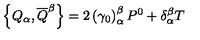
\left\{ Q _ { \alpha } , \overline { { Q } } ^ { \beta } \right\} = 2 \left( \gamma _ { 0 } \right) _ { \alpha } ^ { \beta } P ^ { 0 } + \delta _ { \alpha } ^ { \beta } T